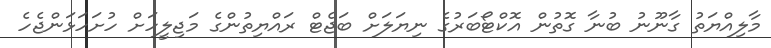
މާލިއްޔަތު ގާނޫނު ބުނާ ގޮތުން އޮކްޓޯބަރުގެ ނިޔަލަށް ބަޖެޓް ރައްޔިތުންގެ މަޖިލީހަށް ހުށަހަޅަންޖެހެ